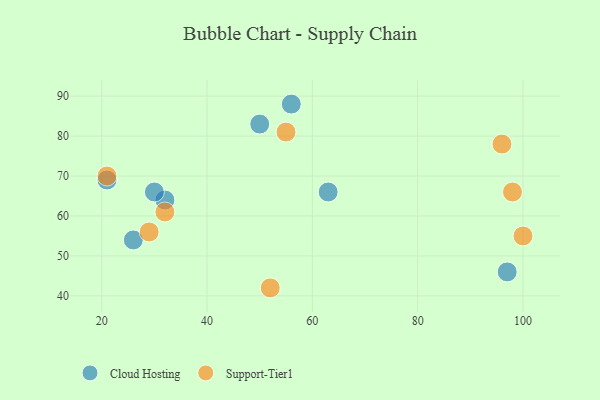
{"axis": {"x": "GDP", "y": "Life Expectancy"}, "legend": ["Cloud Hosting", "Support-Tier1"], "data": [{"x": "26", "y": 54, "type": "Cloud Hosting"}, {"x": "97", "y": 46, "type": "Cloud Hosting"}, {"x": "21", "y": 69, "type": "Cloud Hosting"}, {"x": "63", "y": 66, "type": "Cloud Hosting"}, {"x": "32", "y": 64, "type": "Cloud Hosting"}, {"x": "50", "y": 83, "type": "Cloud Hosting"}, {"x": "56", "y": 88, "type": "Cloud Hosting"}, {"x": "30", "y": 66, "type": "Cloud Hosting"}, {"x": "29", "y": 56, "type": "Support-Tier1"}, {"x": "98", "y": 66, "type": "Support-Tier1"}, {"x": "21", "y": 70, "type": "Support-Tier1"}, {"x": "55", "y": 81, "type": "Support-Tier1"}, {"x": "96", "y": 78, "type": "Support-Tier1"}, {"x": "100", "y": 55, "type": "Support-Tier1"}, {"x": "32", "y": 61, "type": "Support-Tier1"}, {"x": "52", "y": 42, "type": "Support-Tier1"}]}